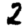
Digit: 2